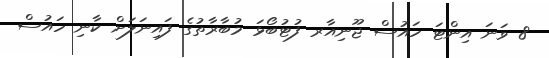
8 ވަނަ އިންޓަ ހައުސް ޖޫނިއާރ ފުޓުބޯޅަ މުބާރާތުގެ ފައިނަލަށް ކާނި ހައުސް